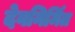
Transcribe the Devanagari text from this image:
देवनिर्मित